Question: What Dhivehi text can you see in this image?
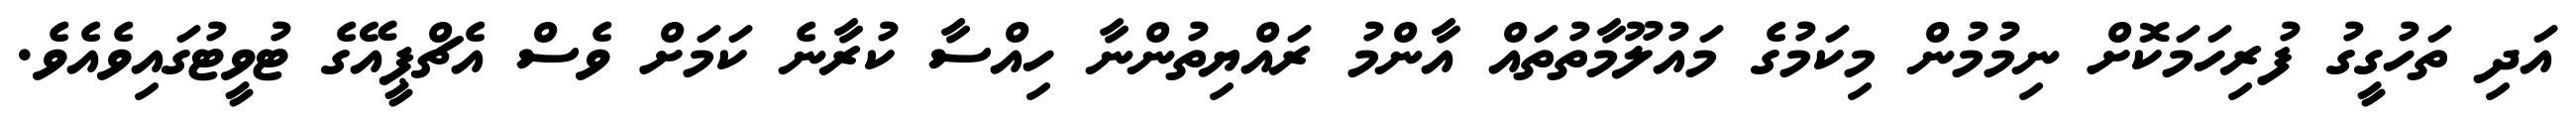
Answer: އަދި ތަހުގީގު ފުރިހަމަކޮށް ނިމުމުން މިކަމުގެ މައުލޫމާތުތައް އާންމު ރައްޔިތުންނާ ހިއްސާ ކުރާނެ ކަމަށް ވެސް އެޗްޕީއޭގެ ޓުވީޓުގައިވެއެވެ.